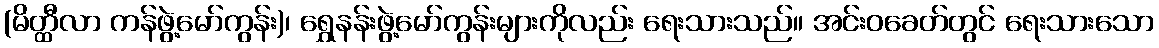
(မိတ္ထီလာ ကန်ဖွဲ့မော်ကွန်း)၊ ရွှေနန်းဖွဲ့မော်ကွန်းများကိုလည်း ရေးသားသည်။ အင်းဝခေတ်တွင် ရေးသားသော